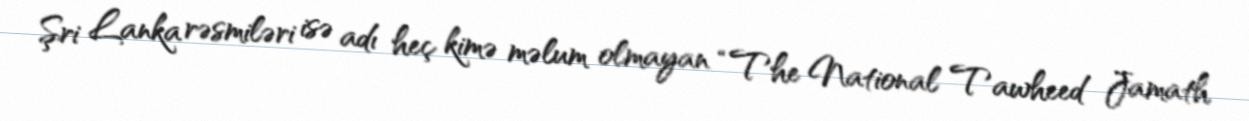
Şri Lanka rəsmiləri isə adı heç kimə məlum olmayan “The National Tawheed Jamath